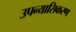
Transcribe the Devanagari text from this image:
उपन्यासिकरण